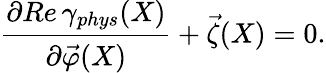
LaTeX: \frac{\partial Re\, \gamma_{phys}(X)}{\partial\vec{\varphi}(X)}+\vec{\zeta}(X)=0.